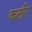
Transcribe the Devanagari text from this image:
कलरि